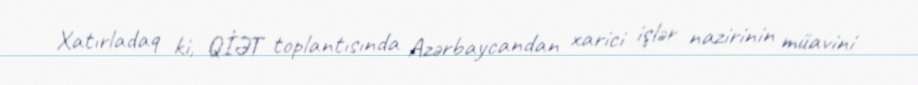
Xatırladaq ki, QİƏT toplantısında Azərbaycandan xarici işlər nazirinin müavini